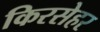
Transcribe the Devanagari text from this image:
किरसेहर